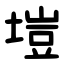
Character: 塏